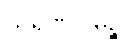
သရဏဂါမိဉ္စ